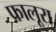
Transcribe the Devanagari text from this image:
फालूरा